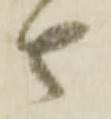
者